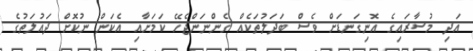
އަދި މުސާރައިގެ އޮނިގަނޑަށް ވެސް ބަދަލުތަކެއް ގެންނަންޖެހޭ ކަމަށާއި އެކަން ނުކޮށް ދައުލަތުގެ